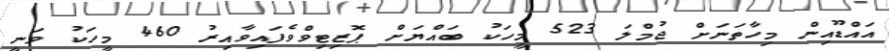
އައްޑޫއިން މިހާތަނަށް ޖުމްލަ 523 މީހަކު ބައްޔަށް ޕޮޒިޓިވްވެފައިވާއިރު 460 މީހަކު ވަނީ